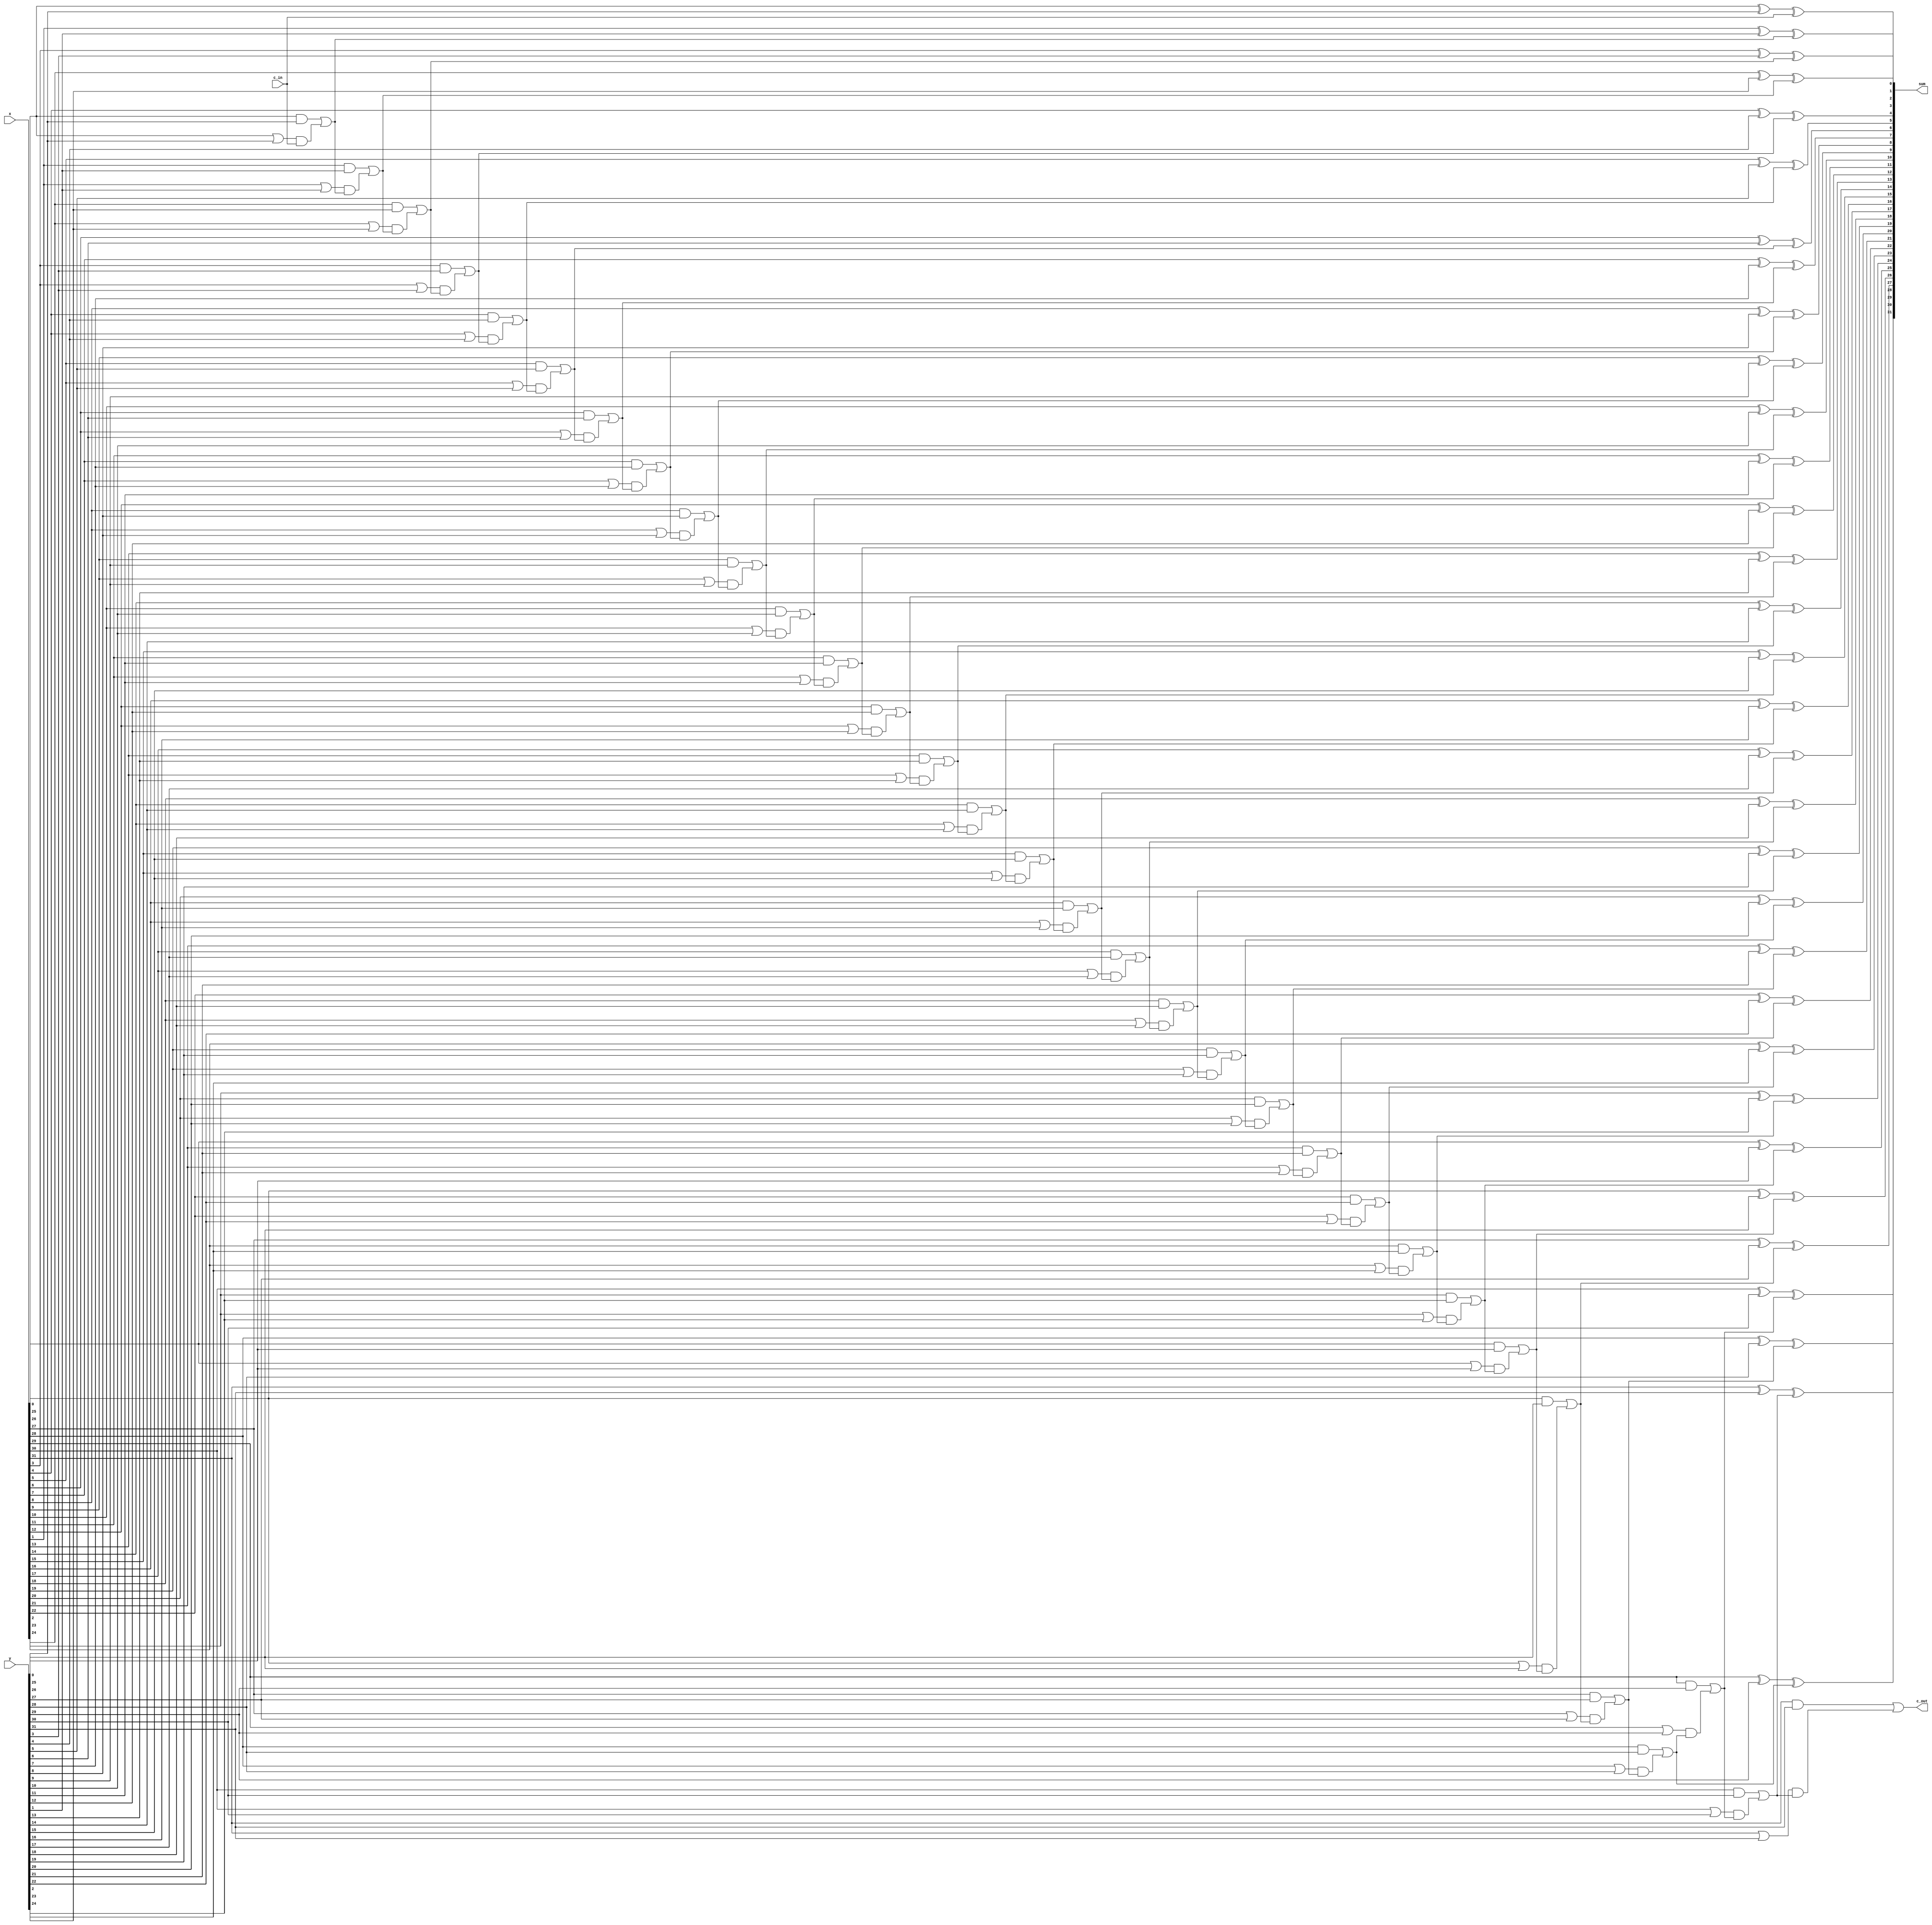

// this is a 32 bit carry look ahead adder
module adder (input [31:0] x, input [31:0] y, input c_in, output c_out, output [31:0] sum);

wire [31:0] gen;
wire [31:0] pro;
wire [32:0] carry_tmp;

genvar j, i;
generate
    //assume carry_tmp in is zero
    assign carry_tmp[0] = c_in;
    
    //carry generator
    for(j = 0; j < 32; j = j + 1) begin: carry_generator
        assign gen[j] = x[j] & y[j];
        assign pro[j] = x[j] | y[j];
        assign carry_tmp[j+1] = gen[j] | pro[j] & carry_tmp[j];
    end
    //carry out 
    assign c_out = carry_tmp[32];
    //calculate sum 
    //assign sum[0] = in1[0] ^ in2 ^ carry_in;
    for(i = 0; i < 32; i = i+1) begin: sum_without_carry
        assign sum[i] = x[i] ^ y[i] ^ carry_tmp[i];
    end 
endgenerate
endmodule